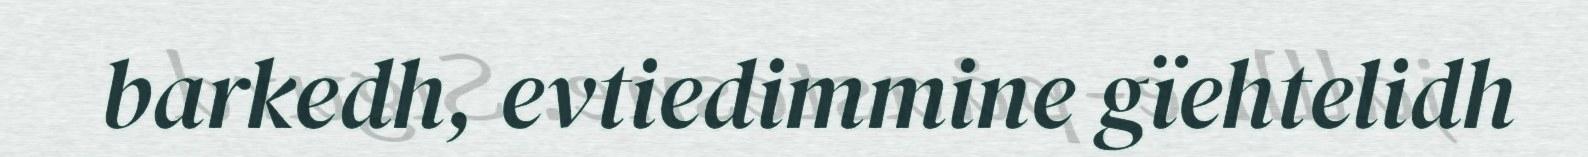
barkedh, evtiedimmine gïehtelidh